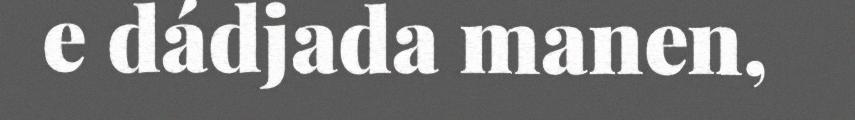
e dádjada manen,